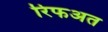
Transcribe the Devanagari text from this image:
रिफअत